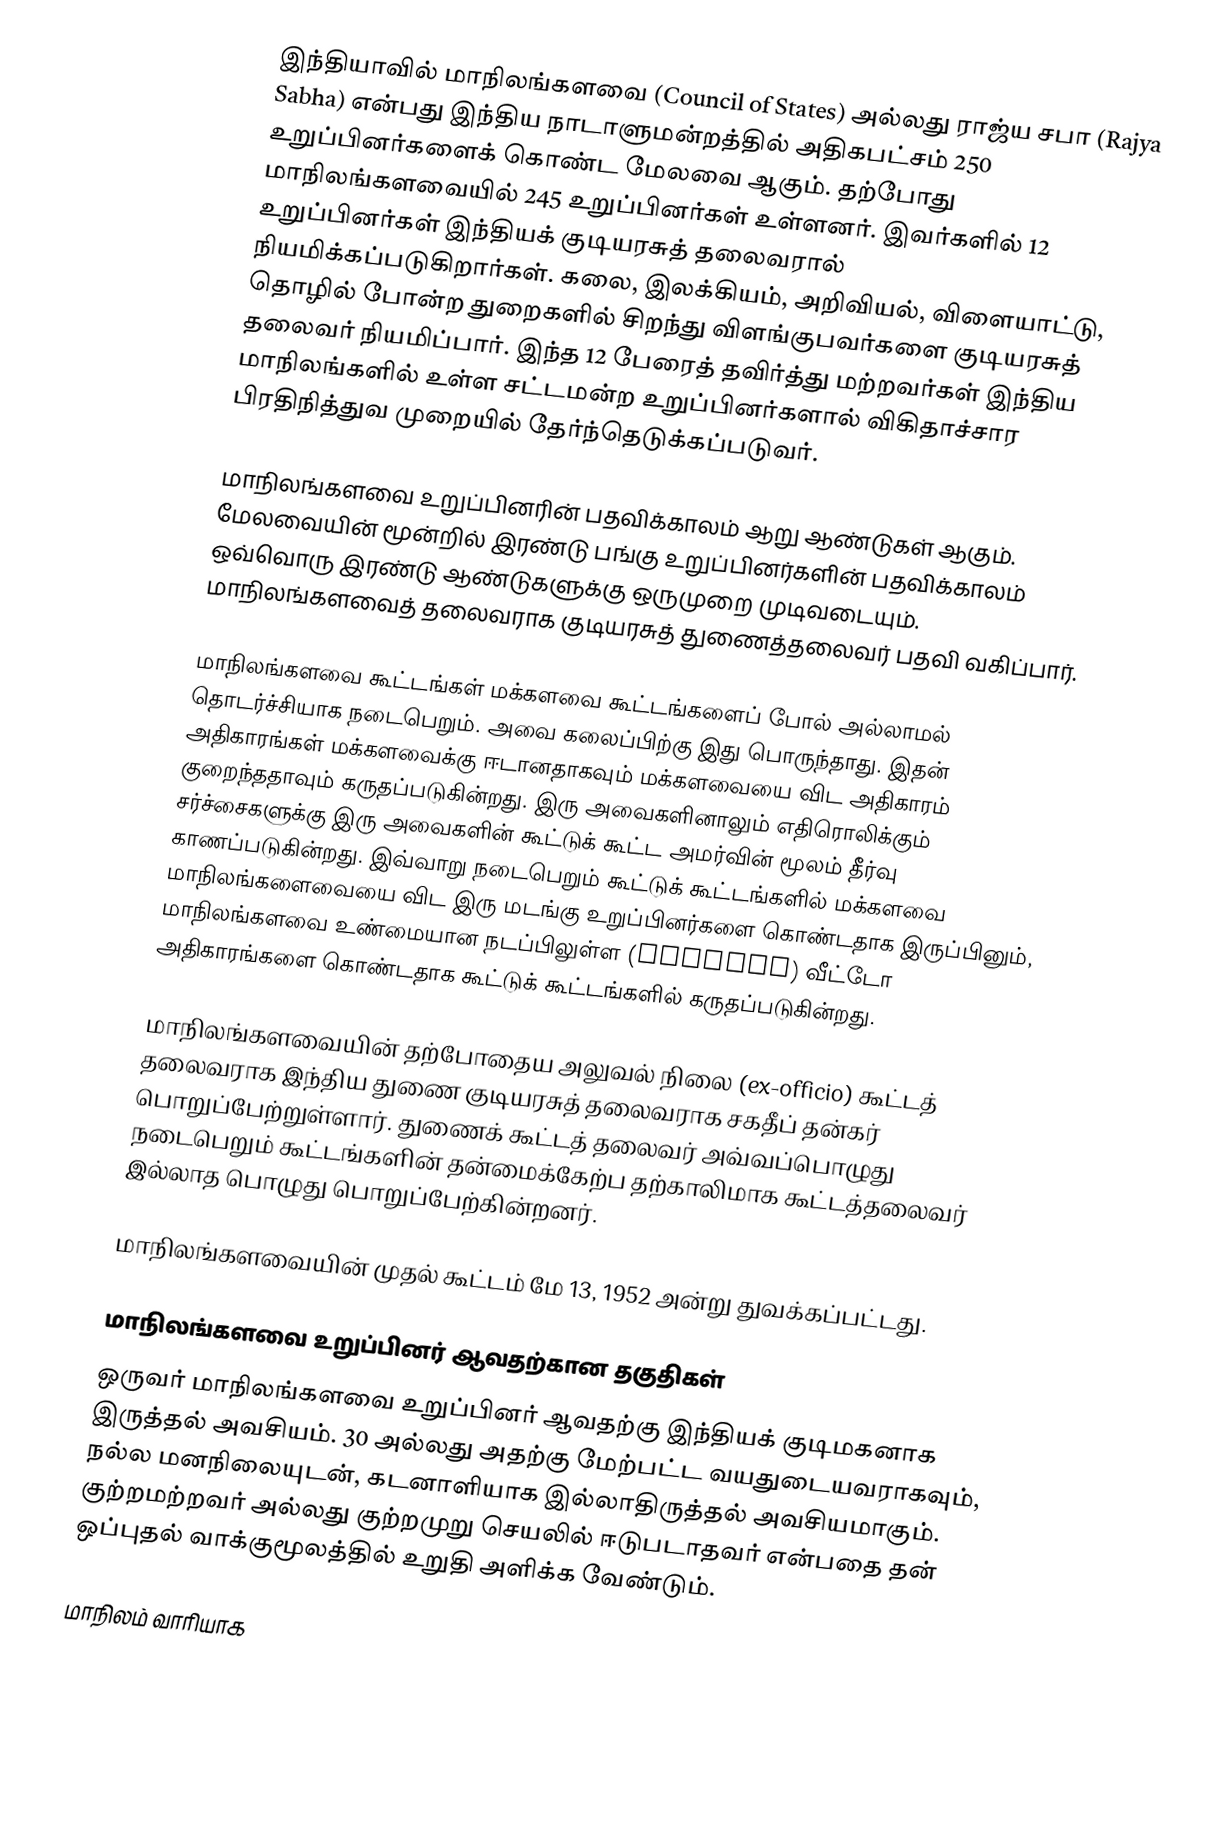
இந்தியாவில் மாநிலங்களவை (Council of States) அல்லது ராஜ்ய சபா  (Rajya Sabha) என்பது இந்திய நாடாளுமன்றத்தில் அதிகபட்சம் 250 உறுப்பினர்களைக் கொண்ட மேலவை ஆகும். தற்போது மாநிலங்களவையில் 245 உறுப்பினர்கள் உள்ளனர். இவர்களில் 12  உறுப்பினர்கள் இந்தியக் குடியரசுத் தலைவரால்  நியமிக்கப்படுகிறார்கள். கலை, இலக்கியம், அறிவியல், விளையாட்டு, தொழில் போன்ற துறைகளில் சிறந்து விளங்குபவர்களை குடியரசுத் தலைவர் நியமிப்பார். இந்த 12 பேரைத் தவிர்த்து மற்றவர்கள் இந்திய மாநிலங்களில் உள்ள சட்டமன்ற உறுப்பினர்களால் விகிதாச்சார பிரதிநித்துவ முறையில் தேர்ந்தெடுக்கப்படுவர்.

மாநிலங்களவை உறுப்பினரின் பதவிக்காலம் ஆறு ஆண்டுகள் ஆகும். மேலவையின் மூன்றில் இரண்டு பங்கு உறுப்பினர்களின் பதவிக்காலம் ஒவ்வொரு இரண்டு ஆண்டுகளுக்கு ஒருமுறை முடிவடையும். மாநிலங்களவைத் தலைவராக குடியரசுத் துணைத்தலைவர் பதவி வகிப்பார்.

மாநிலங்களவை கூட்டங்கள் மக்களவை கூட்டங்களைப் போல் அல்லாமல் தொடர்ச்சியாக நடைபெறும். அவை கலைப்பிற்கு இது பொருந்தாது. இதன் அதிகாரங்கள் மக்களவைக்கு ஈடானதாகவும் மக்களவையை விட அதிகாரம் குறைந்ததாவும் கருதப்படுகின்றது. இரு அவைகளினாலும் எதிரொலிக்கும் சர்ச்சைகளுக்கு இரு அவைகளின் கூட்டுக் கூட்ட அமர்வின் மூலம் தீர்வு காணப்படுகின்றது. இவ்வாறு நடைபெறும் கூட்டுக் கூட்டங்களில் மக்களவை மாநிலங்களைவையை விட இரு மடங்கு உறுப்பினர்களை கொண்டதாக இருப்பினும், மாநிலங்களவை உண்மையான நடப்பிலுள்ள (defacto)  வீட்டோ அதிகாரங்களை கொண்டதாக கூட்டுக் கூட்டங்களில் கருதப்படுகின்றது.

மாநிலங்களவையின் தற்போதைய அலுவல் நிலை (ex-officio) கூட்டத் தலைவராக இந்திய துணை குடியரசுத் தலைவராக சகதீப் தன்கர் பொறுப்பேற்றுள்ளார். துணைக் கூட்டத் தலைவர் அவ்வப்பொழுது நடைபெறும் கூட்டங்களின் தன்மைக்கேற்ப தற்காலிமாக கூட்டத்தலைவர் இல்லாத பொழுது பொறுப்பேற்கின்றனர்.

மாநிலங்களவையின் முதல் கூட்டம் மே 13, 1952 அன்று துவக்கப்பட்டது.

மாநிலங்களவை உறுப்பினர் ஆவதற்கான தகுதிகள்
ஒருவர் மாநிலங்களவை உறுப்பினர் ஆவதற்கு இந்தியக் குடிமகனாக இருத்தல் அவசியம். 30 அல்லது அதற்கு மேற்பட்ட வயதுடையவராகவும், நல்ல மனநிலையுடன், கடனாளியாக இல்லாதிருத்தல்  அவசியமாகும். குற்றமற்றவர்  அல்லது  குற்றமுறு செயலில் ஈடுபடாதவர் என்பதை தன் ஒப்புதல் வாக்குமூலத்தில் உறுதி அளிக்க வேண்டும்.

மாநிலம் வாரியாக